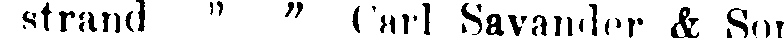
strand " " Carl Savander & Son.